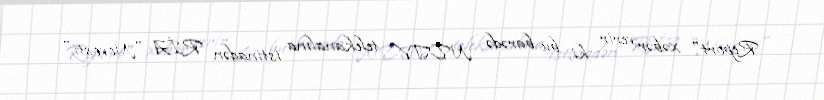
Report" xəbər verir ki, bu barədə NDTV telekanalına istinadən RİA "Novosti"